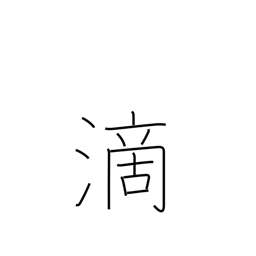
Meaning: drip